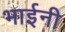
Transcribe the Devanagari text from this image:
भाईनी